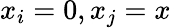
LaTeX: x_{i}=0,x_{j}=x